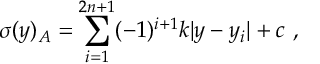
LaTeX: \sigma ( y ) _ { A } = \sum _ { i = 1 } ^ { 2 n + 1 } ( - 1 ) ^ { i + 1 } k | y - y _ { i } | + c ~ , ~ \,